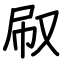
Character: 㕞